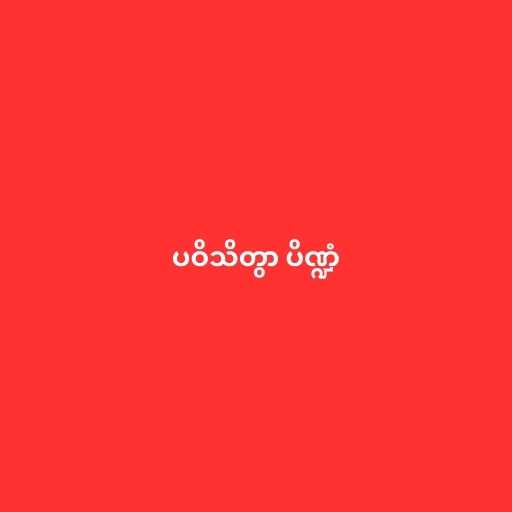
ပဝိသိတွာ ပိဏ္ဍံ